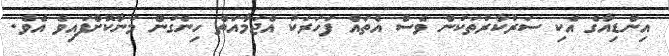
އިންޑިއާގެ އެކި ސަރުކާރުތަކުން ވެސް އެތައް ފަހަރަކު އެޖަމާއަތް ހިންގުން މަނާކޮށްފައިވެ އެވެ.